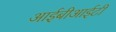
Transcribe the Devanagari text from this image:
आईबीआईटी